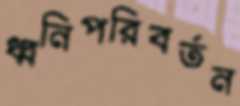
ধ্বনিপরিবর্তন